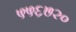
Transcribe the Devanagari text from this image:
५५६७२०